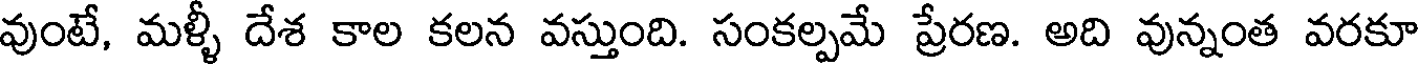
వుంటే, మళ్ళీ దేశ కాల కలన వస్తుంది. సంకల్పమే ప్రేరణ. అది వున్నంత వరకూ